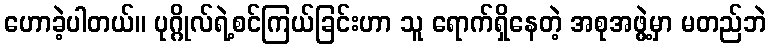
ဟောခဲ့ပါတယ်။ ပုဂ္ဂိုလ်ရဲ့စင်ကြယ်ခြင်းဟာ သူ ရောက်ရှိနေတဲ့ အစုအဖွဲ့မှာ မတည်ဘဲ